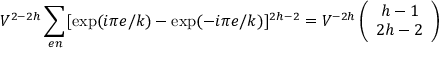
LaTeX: V ^ { 2 - 2 h } \sum _ { e n } [ \mathrm { e x p } ( i \pi e / k ) - \mathrm { e x p } ( - i \pi e / k ) ] ^ { 2 h - 2 } = V ^ { - 2 h } \left( \begin{array} { c } { { h - 1 } } \\ { { 2 h - 2 } } \end{array} \right)